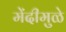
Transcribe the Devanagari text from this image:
मेंदीमुळे